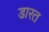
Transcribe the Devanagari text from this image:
डारत